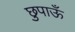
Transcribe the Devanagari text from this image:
छुपाऊँ